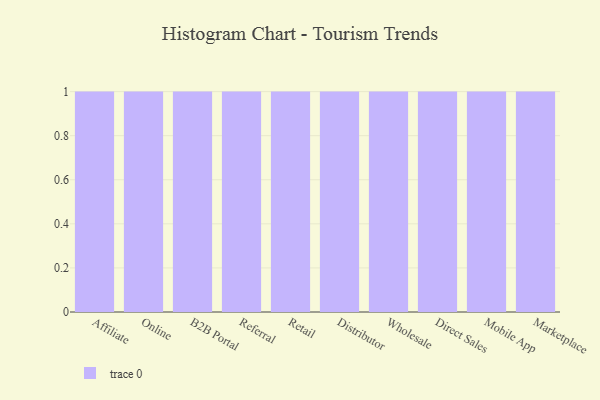
{"axis": {"x": "Channel", "y": "Page Views"}, "legend": [""], "data": [{"x": "Affiliate", "y": 9, "type": ""}, {"x": "Online", "y": 78, "type": ""}, {"x": "B2B Portal", "y": 19, "type": ""}, {"x": "Referral", "y": 24, "type": ""}, {"x": "Retail", "y": 47, "type": ""}, {"x": "Distributor", "y": 52, "type": ""}, {"x": "Wholesale", "y": 29, "type": ""}, {"x": "Direct Sales", "y": 16, "type": ""}, {"x": "Mobile App", "y": 39, "type": ""}, {"x": "Marketplace", "y": 63, "type": ""}]}